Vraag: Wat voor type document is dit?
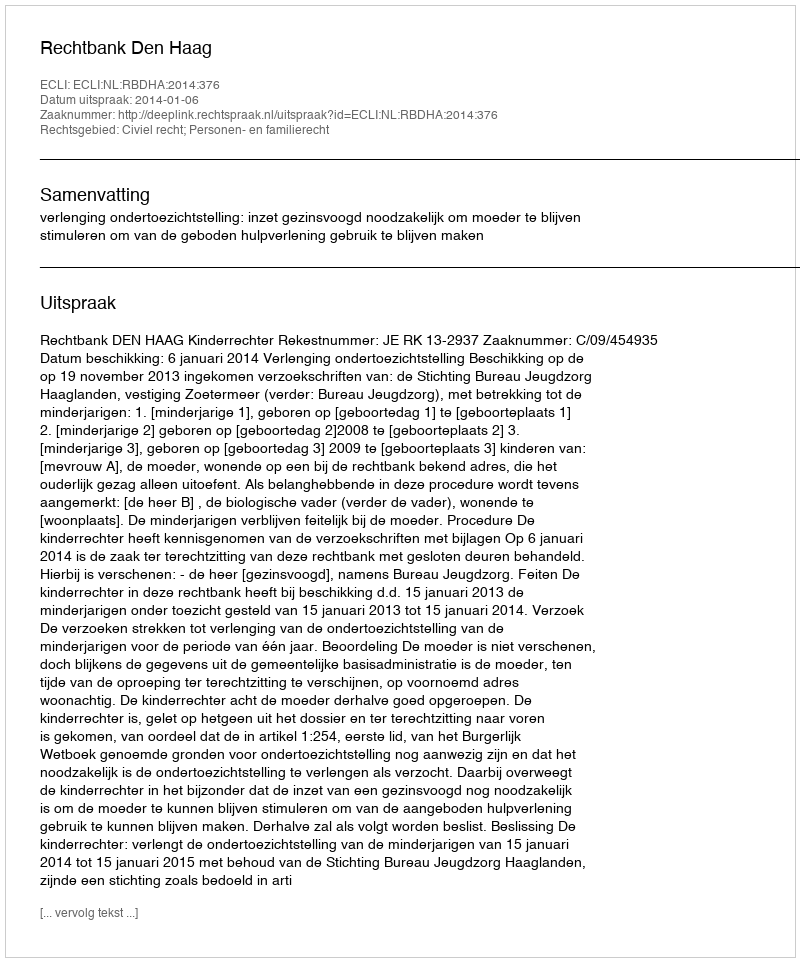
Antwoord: Uitspraak